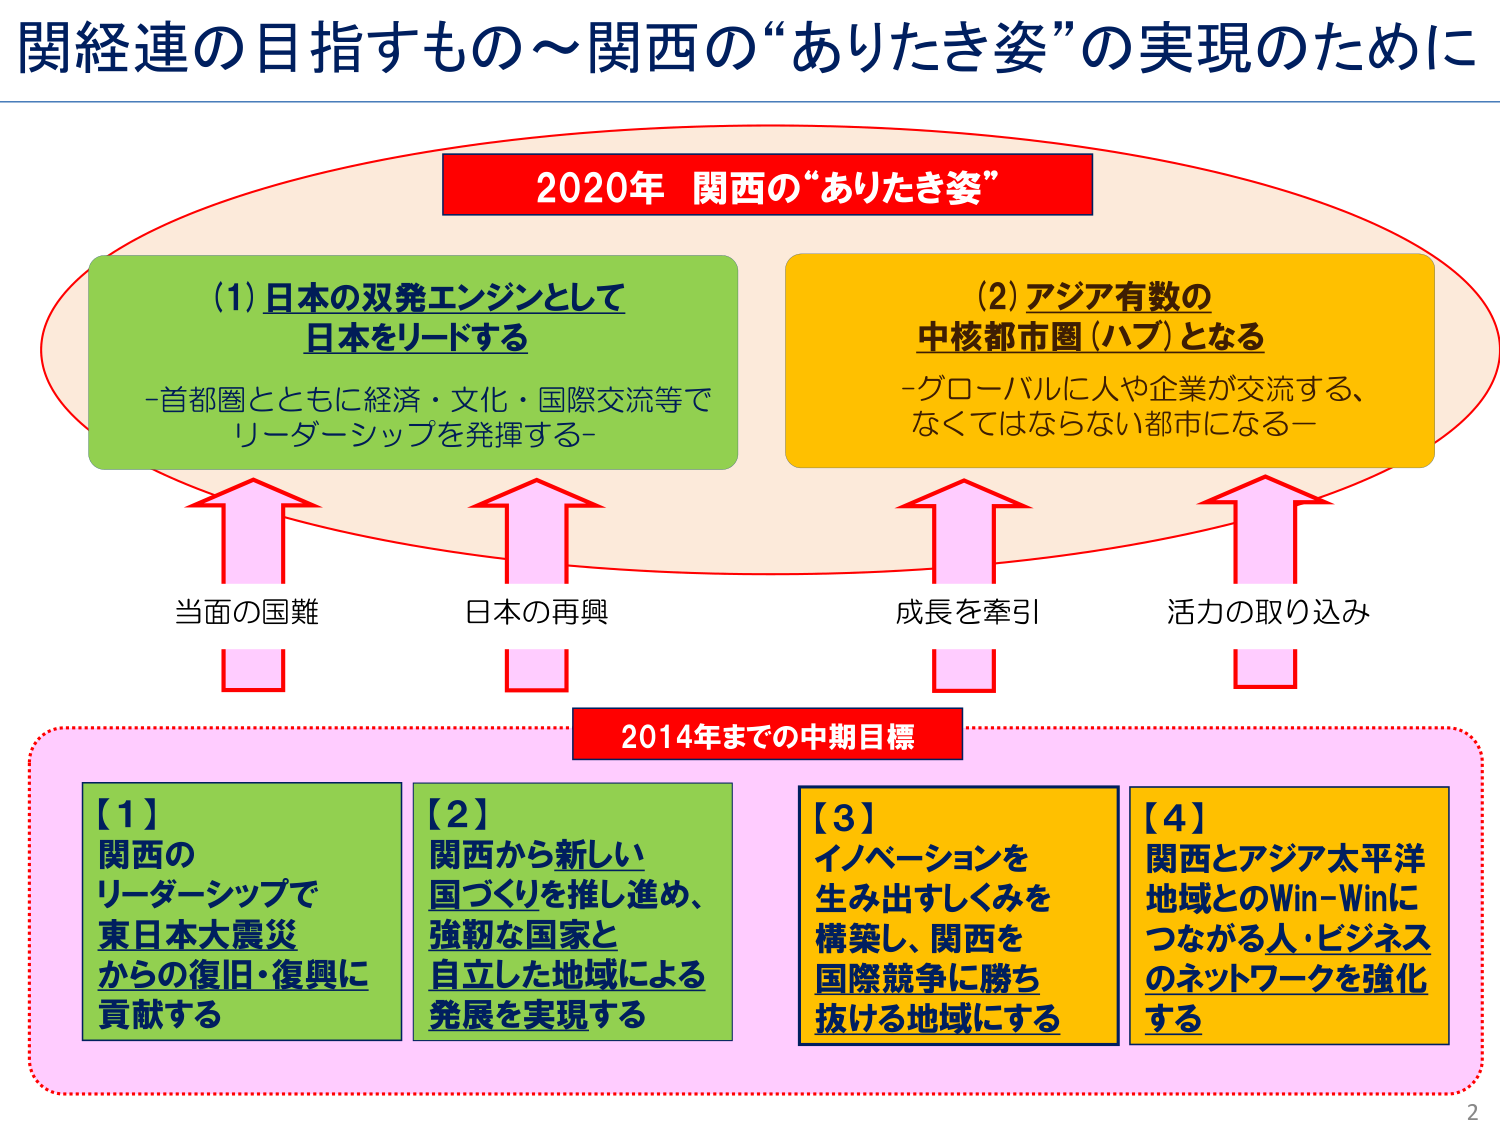
関経連の目指すもの～関西の“ありたき姿”の実現のために

2020年 関西の“ありたき姿”

(1) 日本の双発エンジンとして
日本をリードする
-首都圏とともに経済・文化・国際交流等で
リーダーシップを発揮する-

(2) アジア有数の
中核都市圏（ハブ）となる
-グローバルに人や企業が交流する、
なくてはならない都市になる-

当面の国難
日本の再興
成長を牽引
活力の取り込み

2014年までの中期目標

【1】
関西の
リーダーシップで
東日本大震災
からの復旧・復興に
貢献する

【2】
関西から新しい
国づくりを推し進め、
強靭な国家と
自立した地域による
発展を実現する

【3】
イノベーションを
生み出すしくみを
構築し、関西を
国際競争に勝ち
抜ける地域にする

【4】
関西とアジア太平洋
地域とのWin-Winに
つながる人・ビジネス
のネットワークを強化
する

2